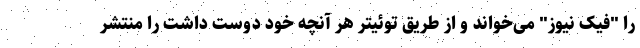
را "فیک نیوز" می‌خواند و از طریق توئیتر هر آنچه خود دوست داشت را منتشر